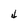
Character: 4